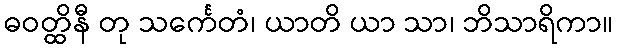
ဓဝတ္ထိနီ တု သင်္ကေတံ၊ ယာတိ ယာ သာ၊ ဘိသာရိကာ။